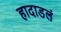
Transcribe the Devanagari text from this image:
हादाडलं